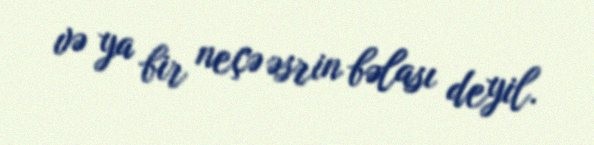
və ya bir neçə əsrin bəlası deyil.